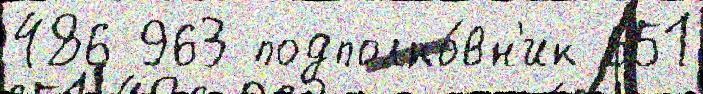
486 963 подполко́вн'ик 651